Medical and sanitary report of the native army of Madras for the year
Year: 1878
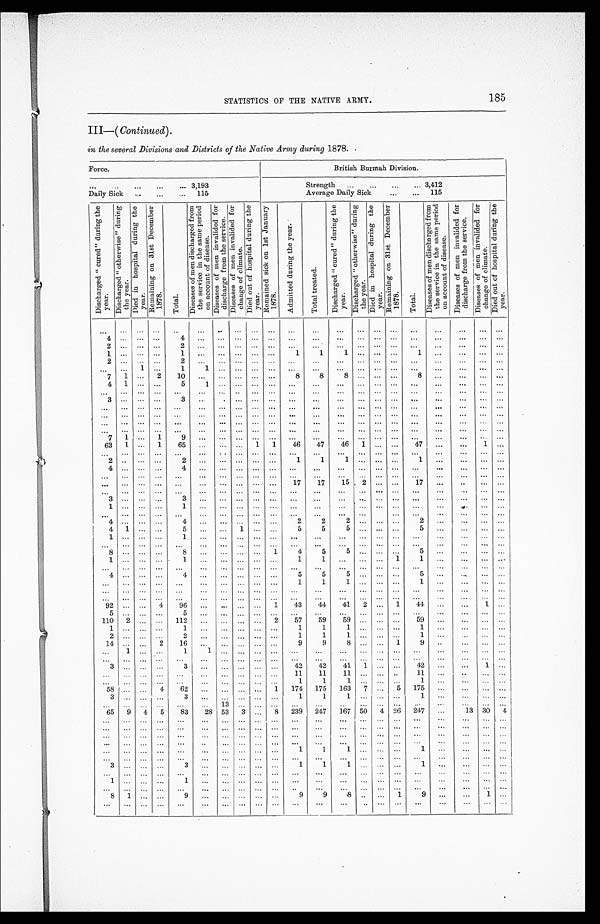
185
STATISTICS OF THE NATIVE ARMY.
III—( Continued).
in the several Divisions and Districts of the Native Army during 1878.
Force.
British Burmah Division.
. . . 3,193
Strength . . . 3,412
Daily Sick . . . 115
Average Daily Sick . . . 115
D i s c h a r g e d
" c u r e d "
d u r i n g
t h e y e a r .
D i s c h a r g e d
" o t h e r w i s e "
d u r i n g t h e y e a r . D i e d i n h o s p i t a l d u r i n g t h e y e a r .
R e m a i n i n g o n 3 1 s t D e c e m b e r 1 8 7 8 .
T o t a l .
D i s e a s e s o f m e n d i s c h a r g e d f r o m t h e s e r v i c e i n t h e s a m e p e r i o d o n a c c o u n t o f d i s e a s e . D i s e a s e s o f m e n i n v a l i d e d f o r d i s c h a r g e f r o m t h e s e r v i c e .
D i s e a s e s o f m e n i n v a l i d e d f o r c h a n g e o f c l i m a t e . D i e t o u t o f h o s p i t a l d u r i n g t h e y e a r .
R e m a i n e d s i c k o n 1 s t J a n u a r y 1 8 7 8 .
A d m i t t e d d u r i n g t h e y e a r .
T o t a l t r e a t e d .
D i s c h a r g e d " c u r e d " d u r i n g t h e y e a r . D i s c h a r g e d " o t h e r w i s e " d u r i n g t h e y e a r . D i e d i n h o s p i t a l d u r i n g t h e y e a r . R e m a i n i n g o n 3 1 s t D e c e m b e r 1 8 7 8 .
T o t a l .
D i s e a s e s o f m e n d i s c h a r g e d f r o m t h e s e r v i c e i n t h e s a m e p e r i o d o n a c c o u n t o f d i s e a s e .
D i s e a s e s o f m e n i n v a l i d e d f o r d i s c h a r g e f r o m t h e s e r v i c e . D i s e a s e o f m e n i n v a l i d e d f o r c h a n g e o f c l i m a t e .
D i e d o u t o f h o s p i t a l d u r i n g t h e y e a r .
. . .
. . .
. . .
. . .
. . .
. . .
. . .
. . .
. . .
. . .
. . .
. . .
. . . . . .
. . .
. . .
. . .
. . .
. . .
. . .
. . .
4 . . .
. . .
. . .
4
. . .
. . .
. . .
. . .
. . .
. . .
. . .
. . .
. . .
. . .
. . .
. . .
. . .
. . .
. . . . . .
2 . . .
. . .
. . .
2
. . . . . .
. . .
. . .
. . .
. . .
. . .
. . .
. . .
. . . . . .
. . .
. . .
. . .
. . . . . .
1 . . .
. . .
. . .
1
. . .
. . .
. . .
. . .
. . .
1
1
1
. . . . . . . . .
. . .
1
. . .
. . .
. . .
2 . . .
. . .
. . .
2
. . .
. . .
. . .
. . .
. . .
. . .
. . .
. . .
. . .
. . .
. . .
. . .
. . .
. . .
. . . . . .
. . .
. . .
1
. . .
1 1 . . .
. . .
. . .
. . .
. . .
. . .
. . . . . . . . . . . .
. . .
. . .
. . . . . .
. . .
7
1 . . .
2
1 0
. . . . . .
. . .
. . .
. . .
8
8
8
. . . . . .
. . .
8
. . .
. . . . . .
. . .
4
1
. . .
. . .
5
1
. . .
. . .
. . .
. . .
. . .
. . .
. . . . . .
. . .
. . .
. . .
. . .
. . .
. . .
. . .
. . .
. . .
. . .
. . .
. . .
. . . . . .
. . .
. . .
. . .
. . .
. . .
. . .
. . .
. . .
. . .
. . .
. . . . . .
. . . . . .
3 . . . . . .
. . .
3
. . .
. . .
. . .
. . .
. . .
. . .
. . .
. . .
. . .
. . .
. . .
. . .
. . .
. . .
. . . . . .
. . .
. . .
. . .
. . .
. . .
. . . . . .
. . .
. . .
. . .
. . .
. . .
. . .
. . .
. . . . . . . . .
. . .
. . . . . . . . .
. . .
. . .
. . .
. . .
. . .
. . .
. . .
. . .
. . .
. . .
. . .
. . .
. . .
. . .
. . .
. . .
. . .
. . .
. . . . . .
. . .
. . .
. . .
. . .
. . .
. . .
. . .
. . .
. . .
. . .
. . .
. . .
. . .
. . . . . .
. . .
. . .
. . .
. . .
. . . . . . . . .
. . . . . .
. . . . . .
. . .
. . .
. . .
. . .
. . .
. . .
. . .
. . .
. . .
. . . . . . . . . . . .
. . .
. . .
. . .
. . .
7
1 . . .
1
9
. . . . . .
. . .
. . .
. . .
. . .
. . . . . .
. . .
. . .
. . .
. . .
. . .
. . .
. . .
6 3
1
. . .
1
6 5 . . .
. . .
. . .
1
1
4 6
4 7
4 6 1
. . .
. . .
4 7
. . .
. . .
1
. . .
. . .
. . . . . .
. . .
. . .
. . .
. . .
. . .
. . .
. . .
. . .
. . .
. . . . . .
. . .
. . .
. . .
. . .
. . . . . .
. . .
2 . . .
. . .
. . .
2
. . . . . .
. . .
. . .
. . .
1
1
1
. . . . . . . . .
1
. . .
. . .
. . . . . .
4 . . . . . .
. . .
4
. . . . . .
. . .
. . .
. . .
. . .
. . .
. . .
. . .
. . .
. . .
. . .
. . .
. . . . . .
. . .
. . .
. . . . . .
. . .
. . .
. . .
. . .
. . .
. . .
. . .
. . .
. . .
. . . . . .
. . .
. . .
. . .
. . . . . .
. . . . . .
. . .
. . .
. . .
. . .
. . .
. . . . . .
. . .
. . .
. . .
17
17
15
2
. . .
. . .
17
. . .
. . .
. . . . . .
. . . . . .
. . .
. . . . . .
. . .
. . .
. . .
. . .
. . .
. . .
. . .
. . .
. . . . . . . . .
. . .
. . .
. . .
. . .
. . .
3
. . .
. . . . . .
3
. . .
. . .
. . .
. . .
. . .
. . .
. . .
. . .
. . .
. . .
. . .
. . .
. . .
. . .
. . .
. . .
1 . . .
. . .
. . .
1
. . .
. . .
. . .
. . .
. . .
. . .
. . .
. . .
. . . . . . . . .
. . .
. . .
. . .
. . . . . .
. . . . . .. . .
. . . . . .
. . . . . .
. . .
. . .
. . .
. . .
. . .
. . .
. . . . . . . . .
. . .
. . .
. . . . . . . . .
.4 . . .
. . .
. . .
4
. . .
. . .
. . .
. . .
. . .
2
2
2
. . . . . . . . .
2
. . .
. . . . . .
. . .
4
1
. . .
. . .
5
. . . . . .
1
. . .
. . .
5
5
5
. . . . . . . . .
5
. . .
. . .
. . . . . .
1 . . .
. . .
. . .
1 . . . . . .
. . .
. . .
. . .
. . .
. . .
. . . . . . . . . . . .
. . .
. . .
. . .
. . . . . .
. . .
. . .
. . .
. . .
. . .
. . .
. . .
. . .
. . .
. . .
. . .
. . .
. . . . . . . . . . . .
. . .
. . .
. . .
. . . . . .
8
. . .
. . . . . .
8
. . . . . .
. . .
. . . 1
4
5
5
. . . . . . . . .
5
. . .
. . . . . .
. . .
1 . . .
. . .
. . .
1
. . . . . .
. . .
. . .
. . .
1
5
. . . . . .
. . .
1
1
. . .
. . .
. . .
. . .
. . .
. . .
. . .
. . .
. . .
. . . . . .
. . .
. . .
. . .
. . .
. . .
. . .
. . .
. . .
. . .
. . .
. . .
. . . . . .
. . .
4 . . .
. . .
. . .
4
. . . . . .
. . .
. . .
. . .
5
5
5
. . . . . . . . .
5
. . .
. . .
. . . . . .
. . .
. . .
. . .
. . .
. . .
. . . . . .
. . .
. . .
. . .
1
1 1
. . . . . . . . .
1
. . .
. . . . . .
. . .
. . .
. . .
. . .
. . .
. . .
. . . . . .
. . .
. . .
. . .
. . .
. . .
. . . . . . . . . . . .
. . .
. . . . . . . . .
. . .
. . .
. . .
. . .
. . .
. . .
. . . . . .
. . .
. . .
. . .
. . .
. . .
. . .
. . . . . . . . .
. . .
. . .
. . . . . .
. . .
92 . . .
. . .
. . .
96
. . .
. . .
. . .
. . . 1
4 3
44
4 1 2 . . .
1
44
. . .
. . . . . .
. . .
5 . . .
. . .
. . .
5
. . . . . .
. . . . . .
. . .
. . .
. . .
. . .
. . .
. . . . . .. . .
. . .
. . . . . .
. . .
110
2
. . .
. . .
1 1 2 . . . . . .
. . .
. . .
2
5 7
5 9
59
. . . . . .
. . .
5 9
. . .
. . . . . .
. . .
1
. . .
. . .
. . .
1
. . . . . .
. . .
. . .
. . .
1
1 1
. . . . . . . . .
1
. . .
. . .
. . . . . .
2 . . . . . .
. . .
2
. . . . . .
. . .
. . .
. . .
1
1
1
. . . . . . . . .
1
. . .
. . .
. . . . . .
14 . . .
. . .
2
16
. . . . . .
. . .
. . .
. . .
9
9
8
. . . . . . 1
9
. . .
. . . . . .
. . .
. . .
1
. . .
. . .
1
1 . . .
. . .
. . . . . .
. . .
. . .
. . .
. . . . . .
. . .
. . .
. . .
. . .
. . . . . .
. . . . . .
. . .
. . .
. . .
. . . . . .
. . .
. . .
. . .
. . .
. . .
. . .
. . . . . .
. . .
. . .
. . .
. . . . . .
. . .
3 . . .
. . .
. . .
3
. . . . . .
. . .
. . .
. . . 42
42
41
1 . . .
. . .
42
. . .
. . . 1
. . .
. . . . . .
. . .
. . .
. . .
. . . . . .
. . .
. . .
. . .
11
11
11
. . . . . .
. . .
11
. . .
. . . . . .
. . .
. . . . . .
. . .
. . .
. . .
. . . . . .
. . .
. . .
. . .
1
1
1
. . .
. . . . . .
1
. . .
. . . . . .
. . .
58 . . .
. . . 4
62
. . . . . .
. . .
. . .
1
174
175
163
7 . . . 5
175
. . .
. . .
. . . . . .
3 . . .
. . .
. . .
3
. . . . . .
. . .
. . .
. . .
1
1
1
. . .
. . . . . .
1
. . .
. . .
. . .
. . .
. . . . . .
. . .
. . .
. . .
. . . 13
. . .
. . .
. . . . . .
. . .
. . .
. . . . . .
. . .
. . .
. . .
. . . . . .
. . .
65
9
4
5
83
28 53
3
. . .
8
239
247
167 50
4 26
247
. . .
13 30
4
. . . . . .
. . .
. . .
. . .
. . . . . .
. . .
. . .
. . .
. . .
. . .
. . .
. . . . . .
. . .
. . .
. . .
. . .
. . . . . .
. . . . . .
. . .
. . .
. . .
. . . . . .
. . .
. . .
. . .
. . .
. . .
. . .
. . . . . .
. . .
. . .
. . .
. . . . . .
. . .
. . . . . .
. . .
. . .
. . .
. . . . . .
. . .
. . .
. . .
. . .
. . .
. . .
. . .
. . .
. . .
. . .
. . .
. . .
. . .
. . .
. . . . . .
. . .
. . .
. . .
. . . . . .
. . .
. . .
. . .
. . .
. . .
. . .
. . .
. . .
. . .
. . .
. . .
. . . . . .
. . .
. . . . . .
. . .
. . .
. . .
. . . . . .
. . .
. . .
. . .
1
1
1
. . . . . .
. . .
1
. . .
. . .
. . .
. . .
. . . . . .
. . .
. . .
. . .
. . . . . .
. . .
. . .
. . .
. . .
. . .
. . .
. . .
. . .
. . .
. . .
. . .
. . .
. . .
. . .
3 . . .
. . .
. . .
3
. . . . . .
. . .
. . .
. . .
1
1
1
. . . . . .
. . .
1
. . .
. . .
. . .
. . .
. . . . . .
. . .
. . .
. . .
. . . . . .
. . . . . .
. . .
. . .
. . .
. . .
. . .
. . .
. . .
. . .
. . .
. . . . . . . . .
1 . . .
. . .
. . .
1
. . . . . .
. . .
. . .
. . .
. . .
. . .
. . .
. . .
. . . . . .
. . .
. . .
. . . . . .
. . .
. . . . . .
. . .
. . .
. . .
. . . . . .
. . . . . .
. . .
. . .
. . .
. . .
. . . . . .
. . .
. . .
. . .
. . . . . .
. . .
8
1
. . .
. . .
9
. . . . . .
. . .
. . .
. . .
9
9
8
. . .
. . . 1
9
. . .
. . .
1
. . .
. . . . . .
. . .
. . .
. . .
. . . . . .
. . .
. . .
. . .
. . .
. . .
. . .
. . .
. . .
. . .
. . .
. . .
. . .
. . .
. . .